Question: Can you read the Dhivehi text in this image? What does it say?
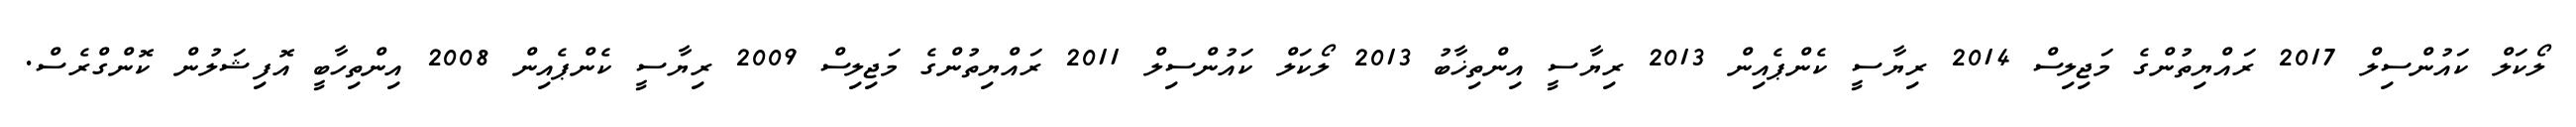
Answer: ލޯކަލް ކައުންސިލް 2017 ރައްޔިތުންގެ މަޖިލިސް 2014 ރިޔާސީ ކެންޕެއިން 2013 ރިޔާސީ އިންތިޚާބު 2013 ލޯކަލް ކައުންސިލް 2011 ރައްޔިތުންގެ މަޖިލިސް 2009 ރިޔާސީ ކެންޕެއިން 2008 އިންތިހާބީ އޮފިޝަލުން ކޮންގްރެސް.